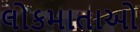
લોકમાતાઓ